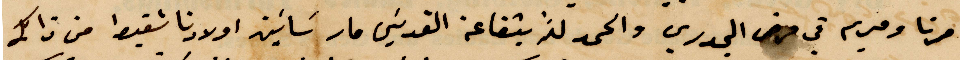
مرتا ومريم في مرض الجدري والحمدالله بشفاعة القديس مار ساسين أولادنا شفيط من ذلك